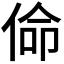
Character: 𠊈